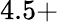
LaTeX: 4.5+